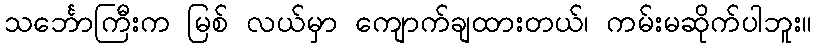
သင်္ဘောကြီးက မြစ် လယ်မှာ ကျောက်ချထားတယ်၊ ကမ်းမဆိုက်ပါဘူး။